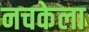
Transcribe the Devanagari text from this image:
नचकेला